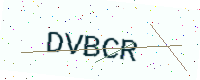
Text: DVBCR